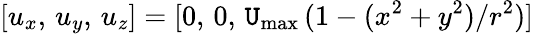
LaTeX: [u_{x},\, u_{y},\, u_{z}]=[0,\, 0,\, \mathtt{U}_{\mathrm{{max}}}\, (1-(x^{2}+y^{2})/r^{2})]